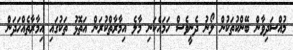
މުއްސަދިވާން ބޭންކުތަކުން ލޯނު ދެނީވެސް ހަމައެކަނި މާލެ އިމާރާތްކުރަން އަތޮޅު ތަކުގައި އިމާރާތެއްހަދަން